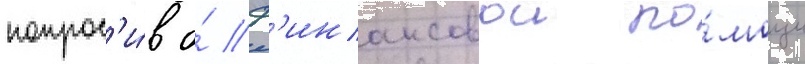
попрос'и́в о́ ф'инансовои по́мощи